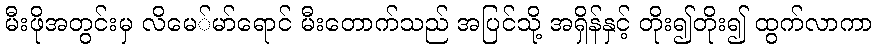
မီးဖိုအတွင်းမှ လိမေ်မာ်ရောင် မီးတောက်သည် အပြင်သို့ အရှိန်နှင့် တိုး၍တိုး၍ ထွက်လာကာ